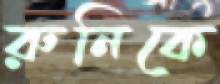
রুনিকে